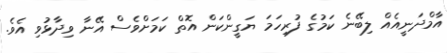
އާމްދަނީއެއް ލިބޭނެ ކަމުގެ ފުރިހަމަ ޔަގީންކަން އޮތް ކަމަށްވެސް އޭނާ ވިދާޅުވި އެވެ.